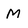
Character: M